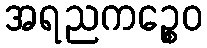
အရညကဉ္စေဝ